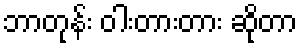
ဘာတုန်း ဝါးတားတား ဆိုတာ